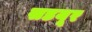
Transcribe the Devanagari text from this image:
सडयूर